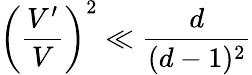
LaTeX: \left(\frac{V^{\prime}}{V}\right)^{2}\ll\frac{d}{(d-1)^{2}}